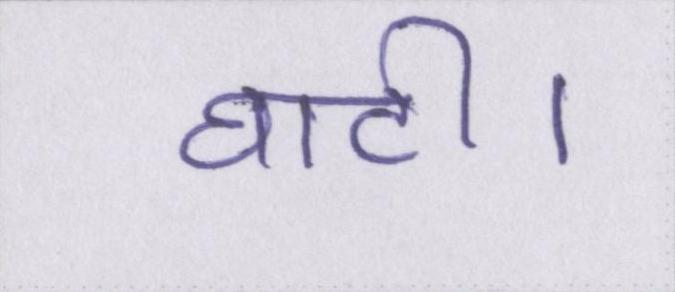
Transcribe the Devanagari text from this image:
घाटी।